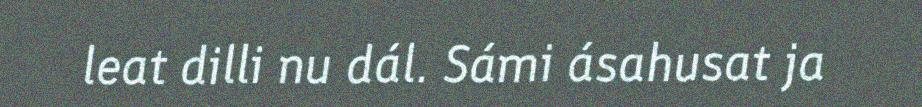
leat dilli nu dál. Sámi ásahusat ja